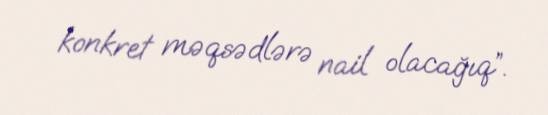
konkret məqsədlərə nail olacağıq”.